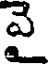
వై